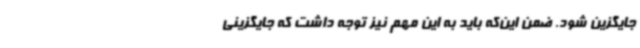
جایگزین شود. ضمن این‌که باید به این مهم نیز توجه داشت که جایگزینی